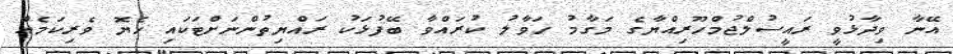
އޭނާ ވިދާޅުވީ ރައީސުލްޖުމްހޫރިއްޔާގެ މަގާމު ހަވާލު ކުރައްވާ ބޭފުޅަކު ރައްޔިތުންނަށްޓަކައި ހެޔޮ ވެރިކަމެއް